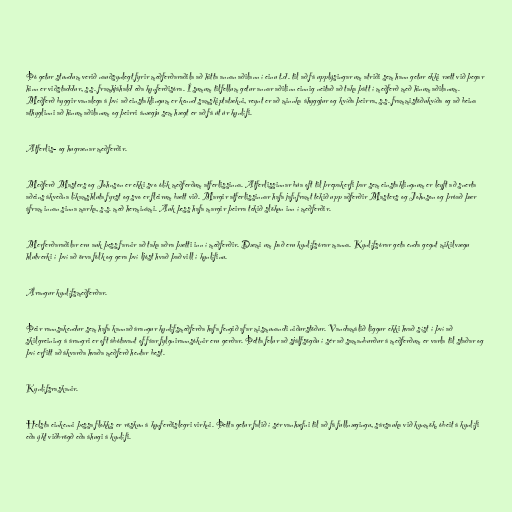
Þó getur stundum verið nauðsynlegt fyrir meðferðaraðila að hitta annan aðilann í einu t.d. til að fá upplýsingar um atriði sem hann getur ekki rætt við þegar
hinn er viðstaddur, s.s. framhjáhald eða kynferðisóra. Í sumum tilfellum getur annar aðilinn einnig neitað að taka þátt í meðferð með hinum aðilanum.
Meðferð byggir vanalega á því að einstaklingum er kennd samskiptatækni, reynt er að minnka áhyggjur og kvíða þeirra, s.s. frammistöðukvíða og að beina
athyglinni að hinum aðilanum og þeirri ánægju sem hægt er að fá út úr kynlífi.

Atferlis- og hugrænar meðferðir.

Meðferð Masters og Johnson er ekki svo ólík meðferðum atferlissinna. Atferlissinnar búa oft til þrepakerfi þar sem einstaklingnum er leyft að snerta
aðeins ákveðna líkamshluta fyrst og svo er fleirum bætt við. Margir atferlissinnar hafa jafnframt tekið upp aðferðir Masters og Johnson og þróað þær
áfram innan sinna marka, s.s. með herminámi. Auk þess hafa margir þeirra tekið slökun inn í meðferðir.

Merferðaraðilar eru auk þess farnir að taka aðra þætti inn í meðferðir. Dæmi um það eru kynlífsórar manna. Kynlífsórar geta enda gegnt mikilvægu
hlutverki í því að örva fólk og gera því ljóst hvað það vill í kynlífinu.

Árangur kynlífsmeðferðar.

Þeir rannsakendur sem hafa kannað árangur kynlífsmeðferða hafa fengið afar mismunandi niðurstöður. Vandamálið liggur ekki hvað síst í því að
skilgreining á árangri er oft ábótavant of fáar fylgnirannsóknir eru gerðar. Þetta felur að sjálfsögðu í sér að samanburður á meðferðum er varla til staðar og
því erfitt að ákvarða hvaða meðferð hentar best.

Kynlífsraskanir.

Helsta einkenni þessa flokks er röskun á kynferðislegri virkni. Þetta getur falið í sér vanhæfni til að fá fullnægingu, sársauka við kynmök, óbeit á kynlífi
eða ýkt viðbrögð eða áhugi á kynlífi.